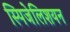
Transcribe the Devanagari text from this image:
स्पिजेलिशयन